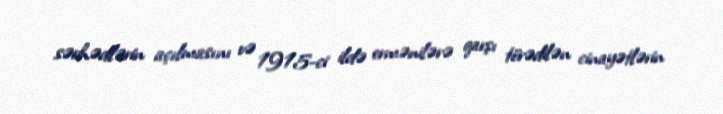
sərhədlərin açılmasını və 1915-ci ildə ermənilərə qarşı törədilən cinayətlərin